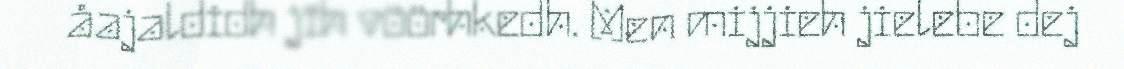
åajaldidh jïh vöörhkedh. Men mijjieh jielebe dej